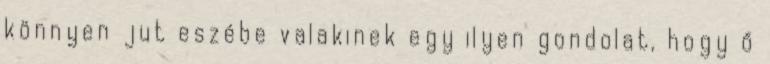
könnyen jut eszébe valakinek egy ilyen gondolat, hogy ő